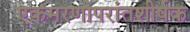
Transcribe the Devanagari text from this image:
एकमरणोपरांतशीर्षक